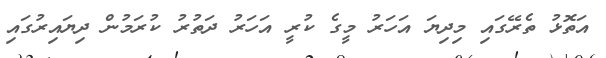
އަތޮޅު ތެރޭގައި މިދިޔަ އަހަރު މީގެ ކުރީ އަހަރު ދަތުރު ކުރަމުން ދިޔައިރުގައި